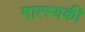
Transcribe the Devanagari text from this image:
मात्स्यकी